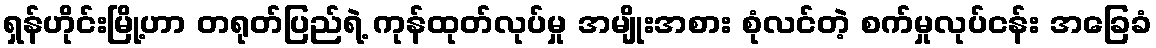
ရှန်ဟိုင်းမြို့ဟာ တရုတ်ပြည်ရဲ့ ကုန်ထုတ်လုပ်မှု အမျိုးအစား စုံလင်တဲ့ စက်မှုလုပ်ငန်း အခြေခံ